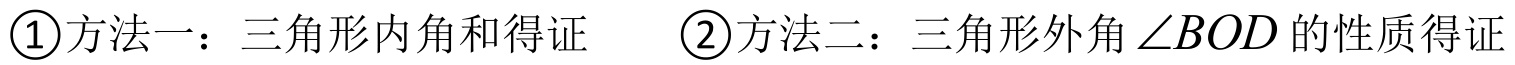
\textcircled{1}方法一：三角形内角和得证 \quad \textcircled{2}方法二：三角形外角 \(\angle BOD\) 的性质得证